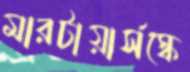
মারটায়ার্সস্কে